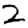
Digit: 2